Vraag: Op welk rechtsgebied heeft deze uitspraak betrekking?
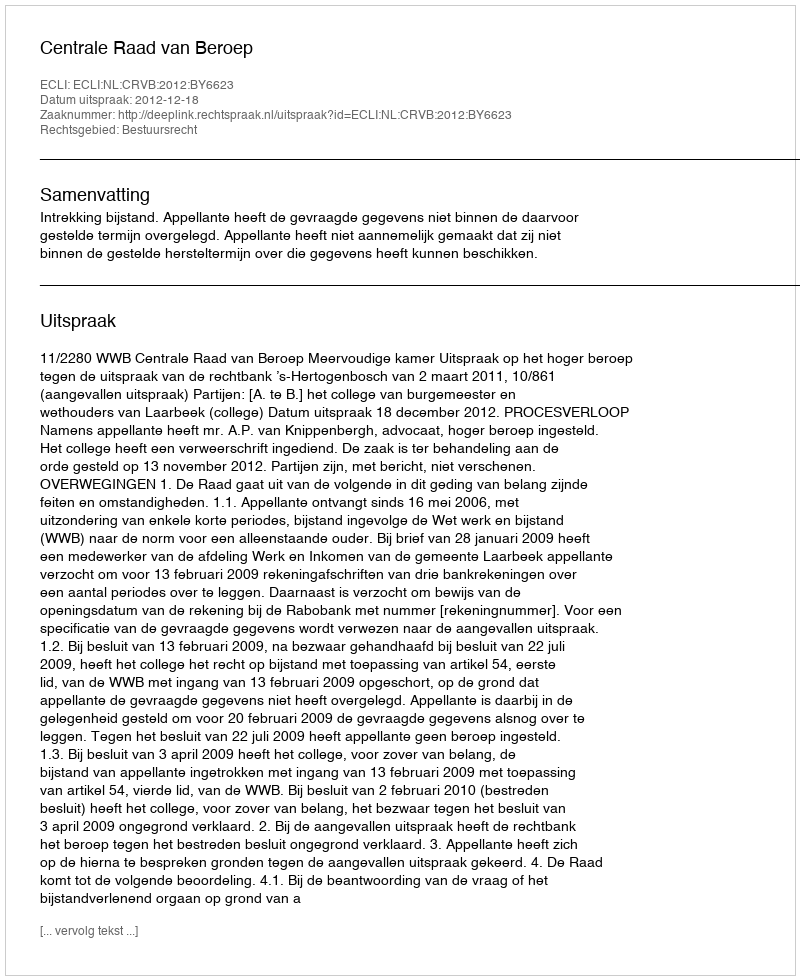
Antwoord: Bestuursrecht